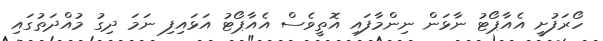
ހޯރަފުށީ އެއާޕޯޓު ނާޅަން ނިންމާފައި އޮތީވެސް އެއާޕޯޓު އަޅައިފި ނަމަ ދިގު މުއްދަތުގައި